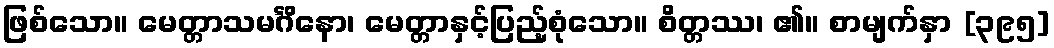
ဖြစ်သော။ မေတ္တာသမင်္ဂိနော၊ မေတ္တာနှင့်ပြည့်စုံသော။ စိတ္တဿ၊ ၏။ စာမျက်နှာ [၃၉၅]